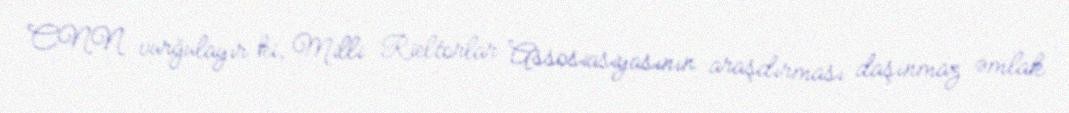
CNN vurğulayır ki, Milli Rieltorlar Assosiasiyasının araşdırması daşınmaz əmlak